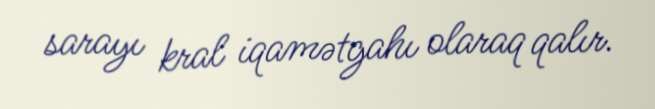
sarayı kral iqamətgahı olaraq qalır.